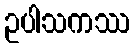
ဥပါသကဿ